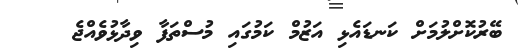
ބޭރުކޮށްލުމަށް ކަނޑައެޅި އަޒުމް ކަމުގައި މުސްތަފާ ވިދާޅުވެއްޖެ